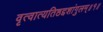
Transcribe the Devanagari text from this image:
वृत्वात्यतिष्ठद्दशांगुलम्॥१॥